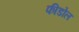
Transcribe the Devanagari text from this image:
फीडोल